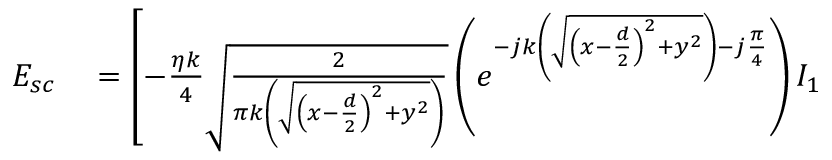
\begin{array} { r l } { \boldsymbol { E _ { s c } } } & { { } = \left[ - \frac { \eta k } { 4 } \sqrt { \frac { 2 } { \pi k \left( \sqrt { \left( x - \frac { d } { 2 } \right) ^ { 2 } + y ^ { 2 } } \right) } } \left( e ^ { - j k \left( \sqrt { \left( x - \frac { d } { 2 } \right) ^ { 2 } + y ^ { 2 } } \right) - j \frac { \pi } { 4 } } \right) I _ { 1 } \right. } \end{array}